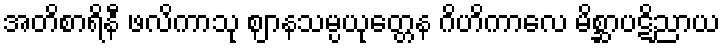
အတိစာရိနီ ဖလိကာသု ဈာနသမ္ပယုတ္တေန ဂိဟိကာလေ မိစ္ဆာပဋိညာယ